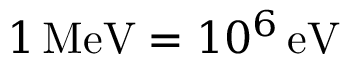
1 \, \mathrm { M e V } = 1 0 ^ { 6 } \, \mathrm { e V }